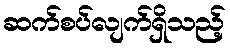
ဆက်စပ်လျက်ရှိသည့်